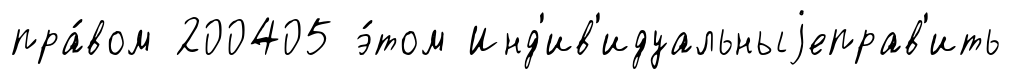
пра́вом 200405 э́том Инд'ив'идуальныjеправ'ить